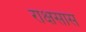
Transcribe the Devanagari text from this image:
राक्षसास